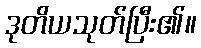
ဒုတိယသုတ်ပြီး၏။